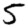
Digit: 5